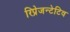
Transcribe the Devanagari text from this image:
रिप्रेजन्टेटिव